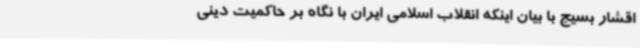
اقشار بسیج با بیان اینکه انقلاب اسلامی ایران با نگاه بر حاکمیت دینی